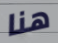
هنا